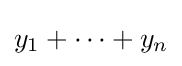
y_{1}+\cdots +y_{n}